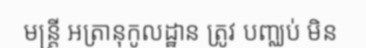
មន្ត្រី អត្រានុកូលដ្ឋាន ត្រូវ បញ្ឈប់ មិន